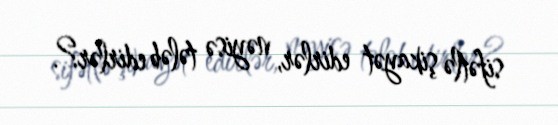
sifətlə şikayət edirlər, nəyisə tələb edirlər?.